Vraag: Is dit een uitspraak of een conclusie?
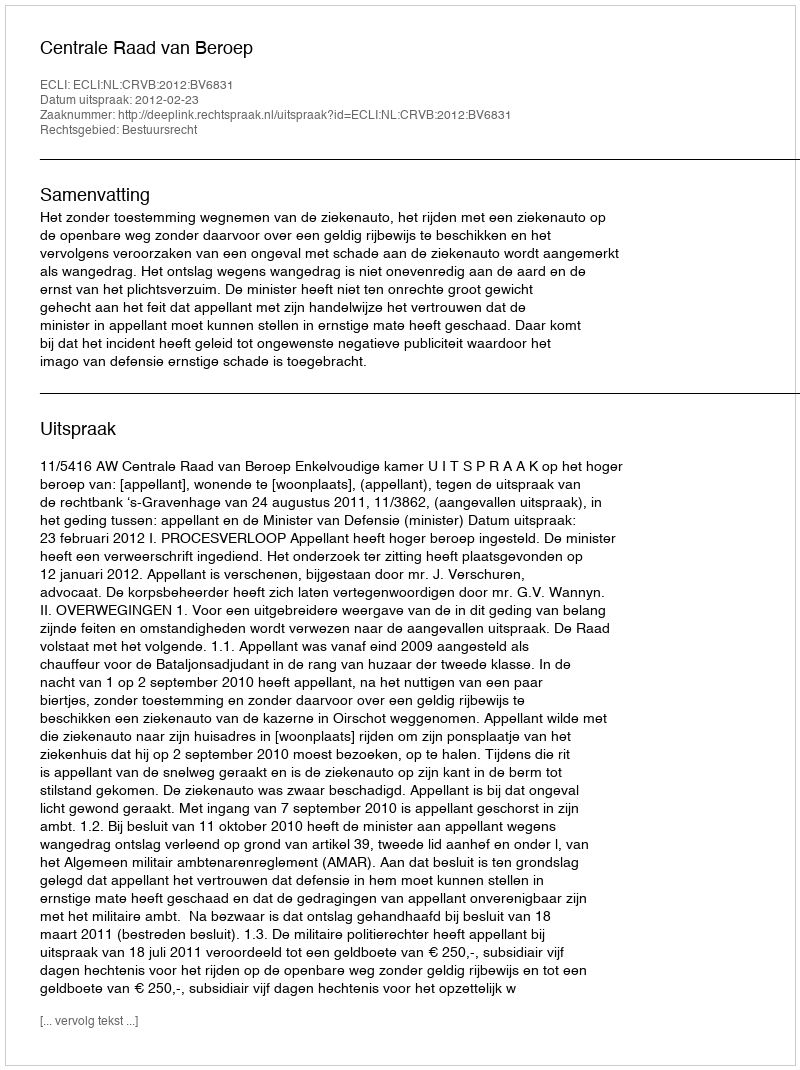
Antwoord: Uitspraak